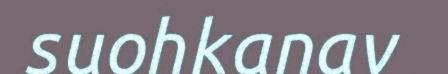
suohkanav